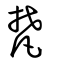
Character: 梵